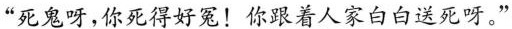
“死鬼呀,你死得好冤!你跟着人家白白送死呀。”